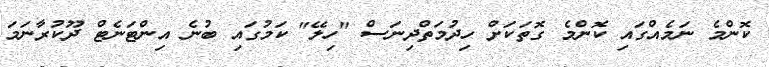
ކޮންމެ ނަމެއްގައި ކޮންމެ ގޮތަކަށް ހިދުމަތްދިނަސް "ހިލޭ" ކަމުގައި ބުނެ އިންޓަނެޓް ދޫކުރާނަމަ